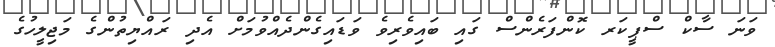
ވަނަ ސާކް ސްޕީކަރ ކޮންފަރެންސް ގައި ބައިވެރިވެ ވަޑައިގެންދެއްވުމަށް އެދި ރައްޔިތުންގެ މަޖިލީހުގެ